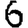
Digit: 6